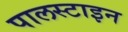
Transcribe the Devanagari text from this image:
पालस्टाइन